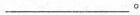
___。